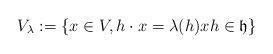
LaTeX: \begin{align*} V_{\lambda} := \{x \in V, h\cdot x = \lambda(h) x h \in \mathfrak{h}\}\end{align*}